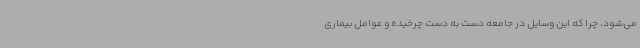
می‌شود، چرا که این وسایل در جامعه دست به دست چرخیده و عوامل بیماری